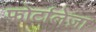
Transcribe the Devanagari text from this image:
फोर्टालेज़ा